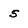
Character: 5